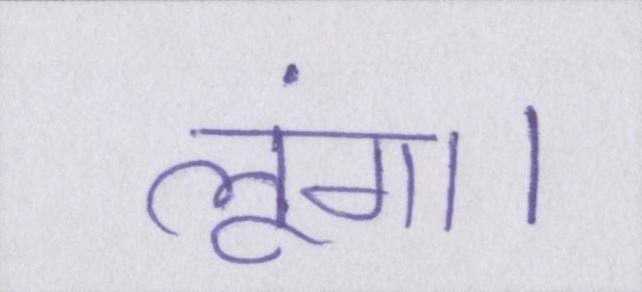
लूंगा।